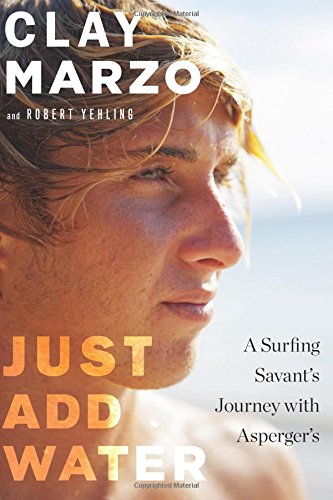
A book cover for Just Add Water: A Surfing Savant's Journey with Asperger's; Clay Marzo; Sports & Outdoors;